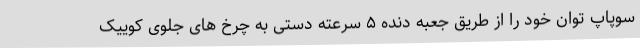
سوپاپ توان خود را از طریق جعبه دنده ۵ سرعته دستی به چرخ های جلوی کوییک